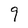
Character: 9